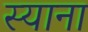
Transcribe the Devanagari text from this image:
स्‍याना